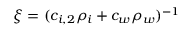
\xi = ( c _ { i , 2 } \rho _ { i } + c _ { w } \rho _ { w } ) ^ { - 1 }